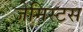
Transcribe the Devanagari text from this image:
जेमिस्टस